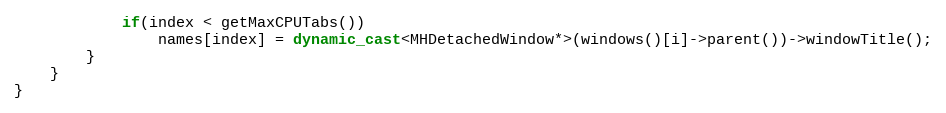
Language: C++
            if(index < getMaxCPUTabs())
                names[index] = dynamic_cast<MHDetachedWindow*>(windows()[i]->parent())->windowTitle();
        }
    }
}